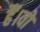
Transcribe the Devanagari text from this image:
हैं।वो